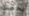
يخصك